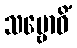
သမ္ဗောဓိံ